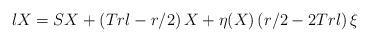
LaTeX: \begin{align*}lX=SX+\left(Trl-{r/}{2}\right)X+\eta(X)\left({r}/{2}-2Trl\right)\xi \end{align*}